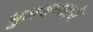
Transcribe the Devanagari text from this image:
भुलवण्याचे